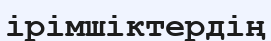
ірімшіктердің